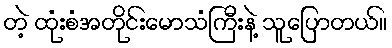
တဲ့ ထုံးစံအတိုင်းမောသံကြီးနဲ့ သူပြောတယ်။